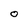
Character: O